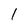
Character: 1